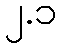
၂.၁